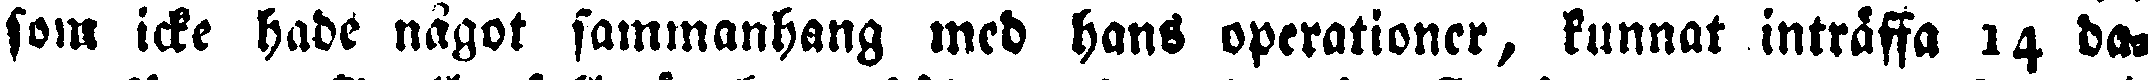
som icke hade något sammanhang med hans operationer, kunnat inträffa 14 da,